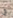
في